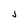
Character: J